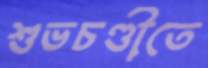
শুভচণ্ডীতে